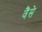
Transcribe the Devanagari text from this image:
वैंसे